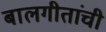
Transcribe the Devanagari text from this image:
बालगीतांची